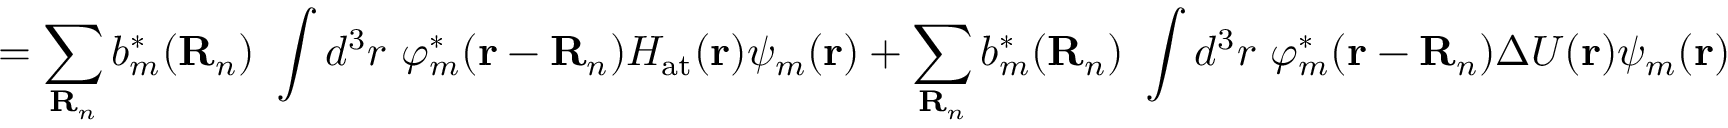
= \sum _ { \mathbf { R } _ { n } } b _ { m } ^ { * } ( \mathbf { R } _ { n } ) \ \int d ^ { 3 } r \ \varphi _ { m } ^ { * } ( \mathbf { r } - \mathbf { R } _ { n } ) H _ { \mathrm { a t } } ( \mathbf { r } ) \psi _ { m } ( \mathbf { r } ) + \sum _ { \mathbf { R } _ { n } } b _ { m } ^ { * } ( \mathbf { R } _ { n } ) \ \int d ^ { 3 } r \ \varphi _ { m } ^ { * } ( \mathbf { r } - \mathbf { R } _ { n } ) \Delta U ( \mathbf { r } ) \psi _ { m } ( \mathbf { r } )